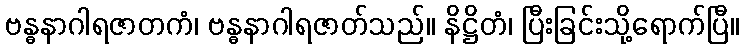
ဗန္ဓနာဂါရဇာတကံ၊ ဗန္ဓနာဂါရဇာတ်သည်။ နိဋ္ဌိတံ၊ ပြီးခြင်းသို့ရောက်ပြီ။